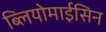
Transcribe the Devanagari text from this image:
ब्लियोमाईसिन